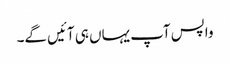
واپس آپ یہاں ہی آئیں گے۔